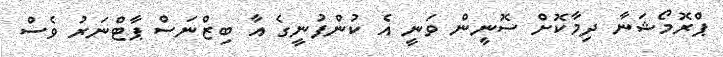
ޕްރޮމޯޝަނާ ދިމާކޮށް ސޮނީން ވަނީ އެ ކުންފުނީގެ އާ ބިޒްނަސް ޕާޓްނަރު ވެސް